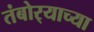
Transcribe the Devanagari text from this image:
तंबोर्‍याच्या